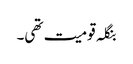
بنگلہ قومیت تھی۔